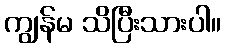
ကျွန်မ သိပြီးသားပါ။